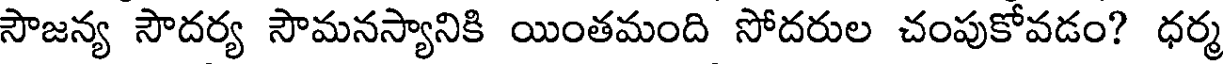
సౌజన్య సౌదర్య సౌమనస్యానికి యింతమంది సోదరుల చంపుకోవడం? ధర్మ